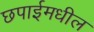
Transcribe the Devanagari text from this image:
छपाईमधील